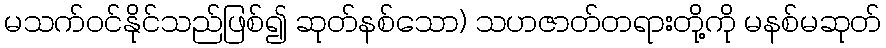
မသက်ဝင်နိုင်သည်ဖြစ်၍ ဆုတ်နစ်သော) သဟဇာတ်တရားတို့ကို မနစ်မဆုတ်